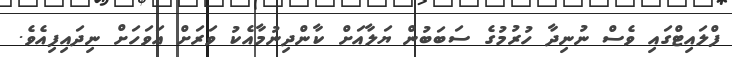
ފްލައިޓްގައި ވެސް ނުނިދާ ހުރުމުގެ ސަބަބުން ޔަލާއަށް ކާންދިނުމާއެކު ވަރަށް އަވަހަށް ނިދައިފިއެވެ.